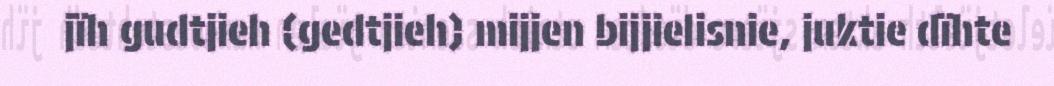
jïh gudtjieh (gedtjieh) mijjen bijjielisnie, juktie dïhte